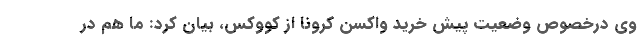
وی درخصوص وضعیت پیش خرید واکسن کرونا از کووکس، بیان کرد: ما هم در